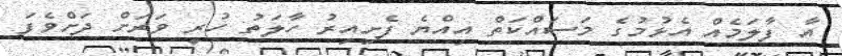
އާ ފާލަމެއް އެޅުމުގެ މަސައްކަތް އިއްޔެ ފެށިއިރު ހާލަތު ހުރީ ވަރަށް ދަށްވެފަ